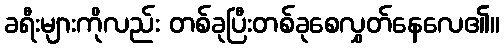
ခရီးများကိုလည်း တစ်ခုပြီးတစ်ခုစေလွှတ်နေလေ၏။